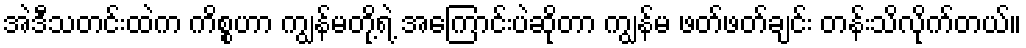
အဲဒီသတင်းထဲက ကိစ္စဟာ ကျွန်မတို့ရဲ့ အကြောင်းပဲဆိုတာ ကျွန်မ ဖတ်ဖတ်ချင်း တန်းသိလိုက်တယ်။